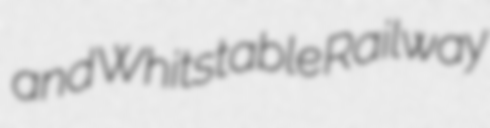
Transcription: and Whitstable Railway